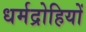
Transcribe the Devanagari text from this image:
धर्मद्रोहियों